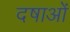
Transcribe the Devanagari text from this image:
दषाओं